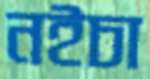
নইচা